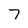
Character: 7